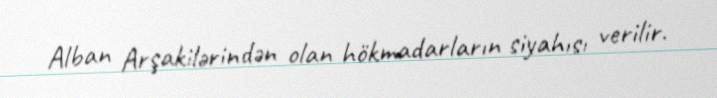
Alban Arşakilərindən olan hökmadarların siyahısı verilir.